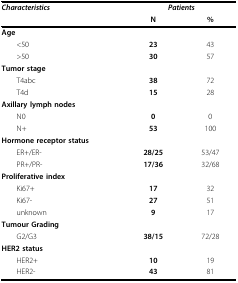
<table><thead><tr><td><b><i>Characteristics</i></b></td><td colspan="2"><b><i>Patients</i></b></td></tr><tr><td></td><td><b>N</b></td><td><b>%</b></td></tr></thead><tbody><tr><td><b>Age</b></td><td></td><td></td></tr><tr><td> &lt;50</td><td><b>23</b></td><td>43</td></tr><tr><td> &gt;50</td><td><b>30</b></td><td>57</td></tr><tr><td><b>Tumor stage</b></td><td></td><td></td></tr><tr><td> T4abc</td><td><b>38</b></td><td>72</td></tr><tr><td> T4d</td><td><b>15</b></td><td>28</td></tr><tr><td><b>Axillary lymph nodes </b></td><td></td><td></td></tr><tr><td> N0</td><td><b>0</b></td><td>0</td></tr><tr><td> N+</td><td><b>53</b></td><td>100</td></tr><tr><td><b>Hormone receptor status</b></td><td></td><td></td></tr><tr><td> ER+/ER-</td><td><b>28/25</b></td><td>53/47</td></tr><tr><td> PR+/PR-</td><td><b>17/36</b></td><td>32/68</td></tr><tr><td><b>Proliferative index</b></td><td></td><td></td></tr><tr><td> Ki67+</td><td><b>17</b></td><td>32</td></tr><tr><td> Ki67-</td><td><b>27</b></td><td>51</td></tr><tr><td> unknown</td><td><b>9</b></td><td>17</td></tr><tr><td><b>Tumour Grading</b></td><td></td><td></td></tr><tr><td> G2/G3</td><td><b>38/15</b></td><td>72/28</td></tr><tr><td><b>HER2 status</b></td><td></td><td></td></tr><tr><td> HER2+</td><td><b>10</b></td><td>19</td></tr><tr><td> HER2-</td><td><b>43</b></td><td>81</td></tr></tbody></table>